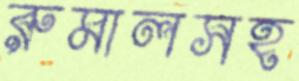
রুমালসহ